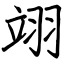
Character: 翊